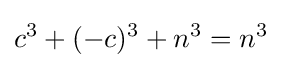
c^{3}+(-c)^{3}+n^{3}=n^{3}